Scottish Leaving Certificate Examination, 1955
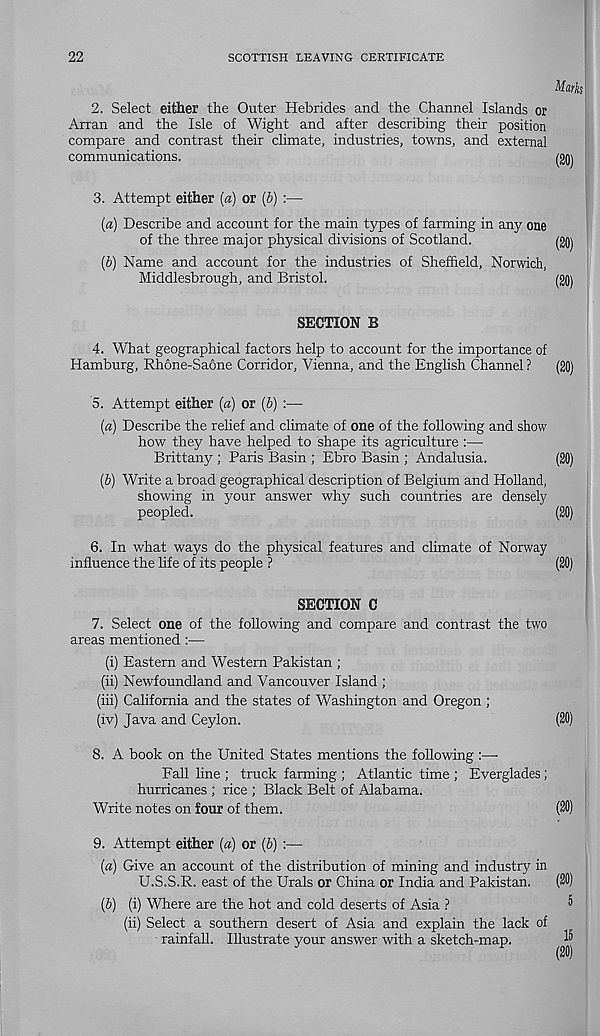
22
SCOTTISH LEAVING CERTIFICATE
Marksl
2. Select either the Outer Hebrides and the Channel Islands or
Arran and the Isle of Wight and after describing their position
compare and contrast their climate, industries, towns, and external
communications.
(20)
3. Attempt either (a) or (b) :—
(a) Describe and account for the main types of farming in any one
of the three major physical divisions of Scotland.
(gQj
(b) Name and account for the industries of Sheffield, Norwich,
Middlesbrough, and Bristol.
(20)
SECTION B
4. What geographical factors help to account for the importance of
Hamburg, Rhone-Saone Corridor, Vienna, and the English Channel ?
(20)
5. Attempt either (a) or (b) :—■
(a) Describe the relief and climate of one of the following and show
how they have helped to shape its agriculture
Brittany ; Paris Basin ; Ebro Basin ; Andalusia.
(20)
(b) Write a broad geographical description of Belgium and Holland,
showing in your answer why such countries are densely
peopled.
(20)
6. In what ways do the physical features and climate of Norway
influence the life of its people ?
(20)
SECTION C
7. Select one of the following and compare and contrast the two
areas mentioned :—
(i) Eastern and Western Pakistan ;
(ii) Newfoundland and Vancouver Island ;
(iii) California and the states of Washington and Oregon ;
(iv) Java and Ceylon.
(20)
8. A book on the United States mentions the following :—
Fall line ; truck farming ; Atlantic time ; Everglades ;
hurricanes ; rice ; Black Belt of Alabama.
Write notes on four of them.
(20)
9. Attempt either (a) or (b) :—
(a) Give an account of the distribution of mining and industry in
U.S.S.R. east of the Urals or China or India and Pakistan.
(b) (i) Where are the hot and cold deserts of Asia ?
(ii) Select a southern desert of Asia and explain the lack of
rainfall. Illustrate your answer with a sketch-map.
(20)
5
15
(20)